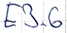
Text: E3.6